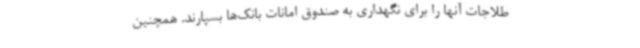
طلاجات آنها را برای نگهداری به صندوق امانات بانک‌ها بسپارند. همچنین